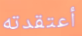
أعتقدته